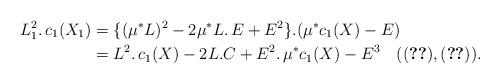
LaTeX: \begin{align*}L_1^2.\,c_1(X_1) &= \{(\mu^*L)^2 - 2\mu^*L.\,E +E^2\}.(\mu^*c_1(X) - E)\\&=L^2.\,c_1(X) - 2L.C + E^2.\,\mu^*c_1(X) - E^3\quad({}\eqref{zero1}, \eqref{int3}).\end{align*}